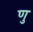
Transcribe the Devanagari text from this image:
णु